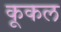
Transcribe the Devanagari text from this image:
कूकल